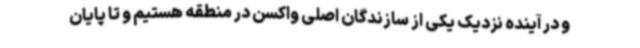
و در آینده نزدیک یکی از سازندگان اصلی واکسن در منطقه هستیم و تا پایان